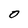
Character: 0